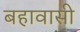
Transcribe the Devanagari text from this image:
बहावासी